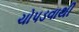
ચોપડવાથી